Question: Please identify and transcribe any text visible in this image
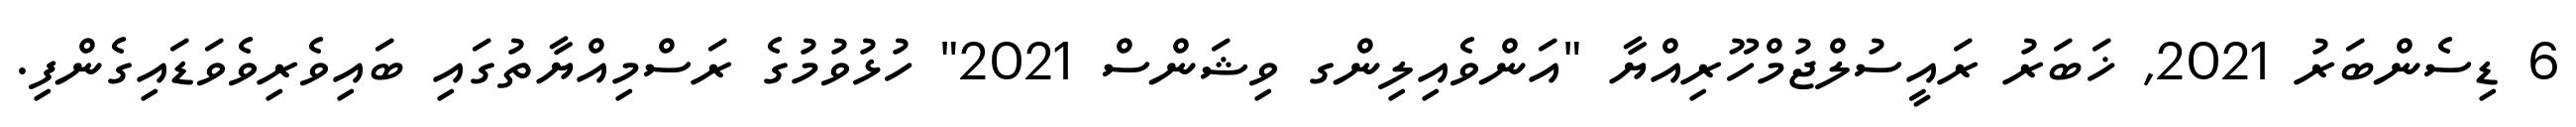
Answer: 6 ޑިސެންބަރު 2021, ޚަބަރު ރައީސުލްޖުމްހޫރިއްޔާ "އަންވެއިލިންގ ވިޝަންސް 2021" ހުޅުވުމުގެ ރަސްމިއްޔާތުގައި ބައިވެރިވެވަޑައިގެންފި.